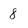
Character: 8